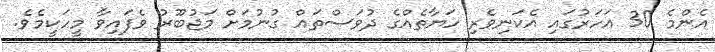
އެންމެ 30 އަހަރުގައި އެކަނިވެރި ހަޔާތެއްގެ ދުވަސްތައް ގުނުމަށް މަޖުބޫރު ވެފައިވާ މީހަކީމެވެ.